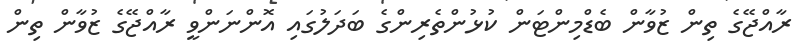
ރާއްޖޭގެ ތިން ޒުވާން ބެޑްމިންޓަން ކުޅުންތެރިންގެ ބަދަލުގައި އޮންނަންވީ ރާއްޖޭގެ ޒުވާން ތިން